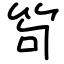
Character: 笱